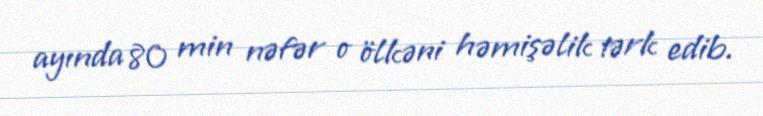
ayında 80 min nəfər o ölkəni həmişəlik tərk edib.